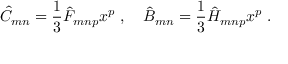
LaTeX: \hat { C } _ { m n } = \frac { 1 } { 3 } \hat { F } _ { m n p } x ^ { p } \ , \quad \hat { B } _ { m n } = \frac { 1 } { 3 } \hat { H } _ { m n p } x ^ { p } \ .